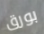
بورق